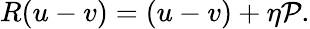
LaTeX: R(u-v)=(u-v)+\eta{\cal P}.